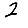
Digit: 2